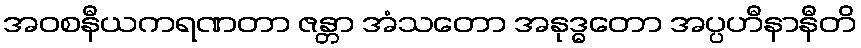
အဝစနီယကရဏတာ ဇန္တာ အံသတော အနုဒ္ဓတော အပ္ပဟီနာနီတိ